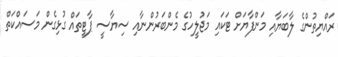
ރައްޔިތުންގެ ލާބަޔާއި މަންފާޔަށް ޓަކައި މަޖުލީހުގެ މެންބަރުންނާއި ސިޔާސީ ޕާޓީތައް ގުޅިގެން މަސައްކަތް